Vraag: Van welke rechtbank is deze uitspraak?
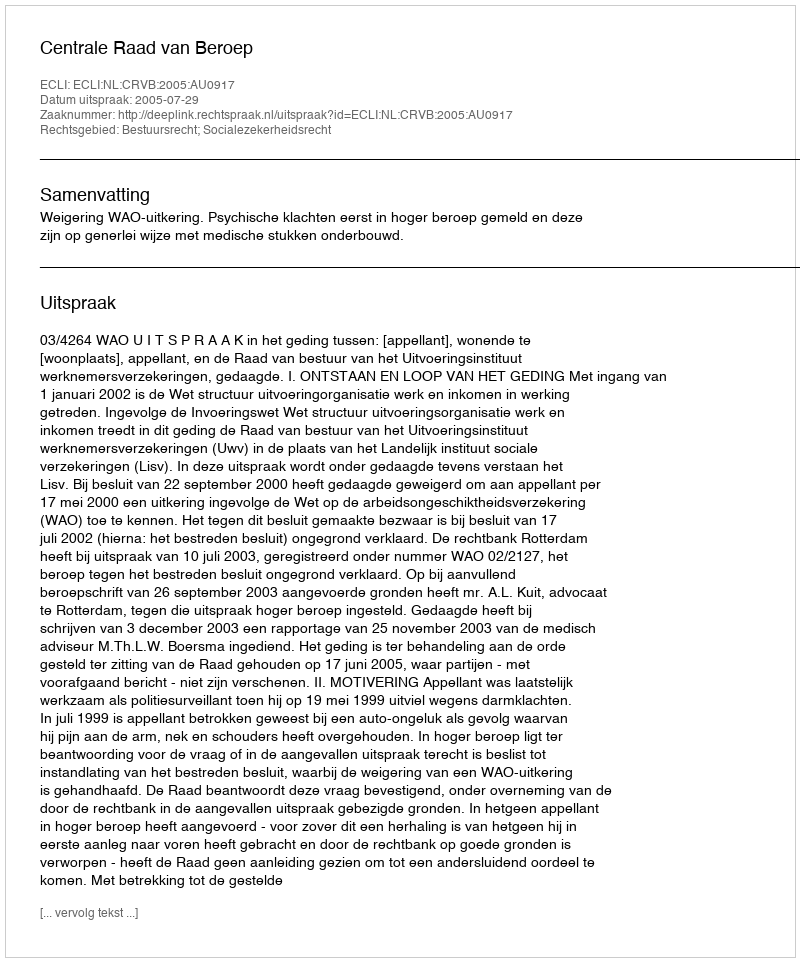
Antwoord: Centrale Raad van Beroep